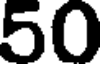
50